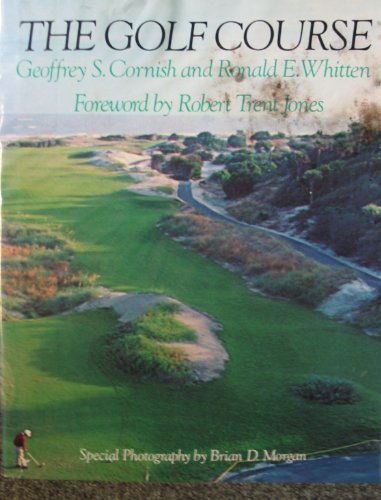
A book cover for The Golf Course; Geoffrey S. Cornish; Biographies & Memoirs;